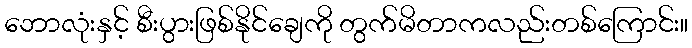
ဘောလုံးနှင့် စီးပွားဖြစ်နိုင်ချေကို တွက်မိတာကလည်းတစ်ကြောင်း။